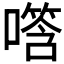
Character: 𪢑